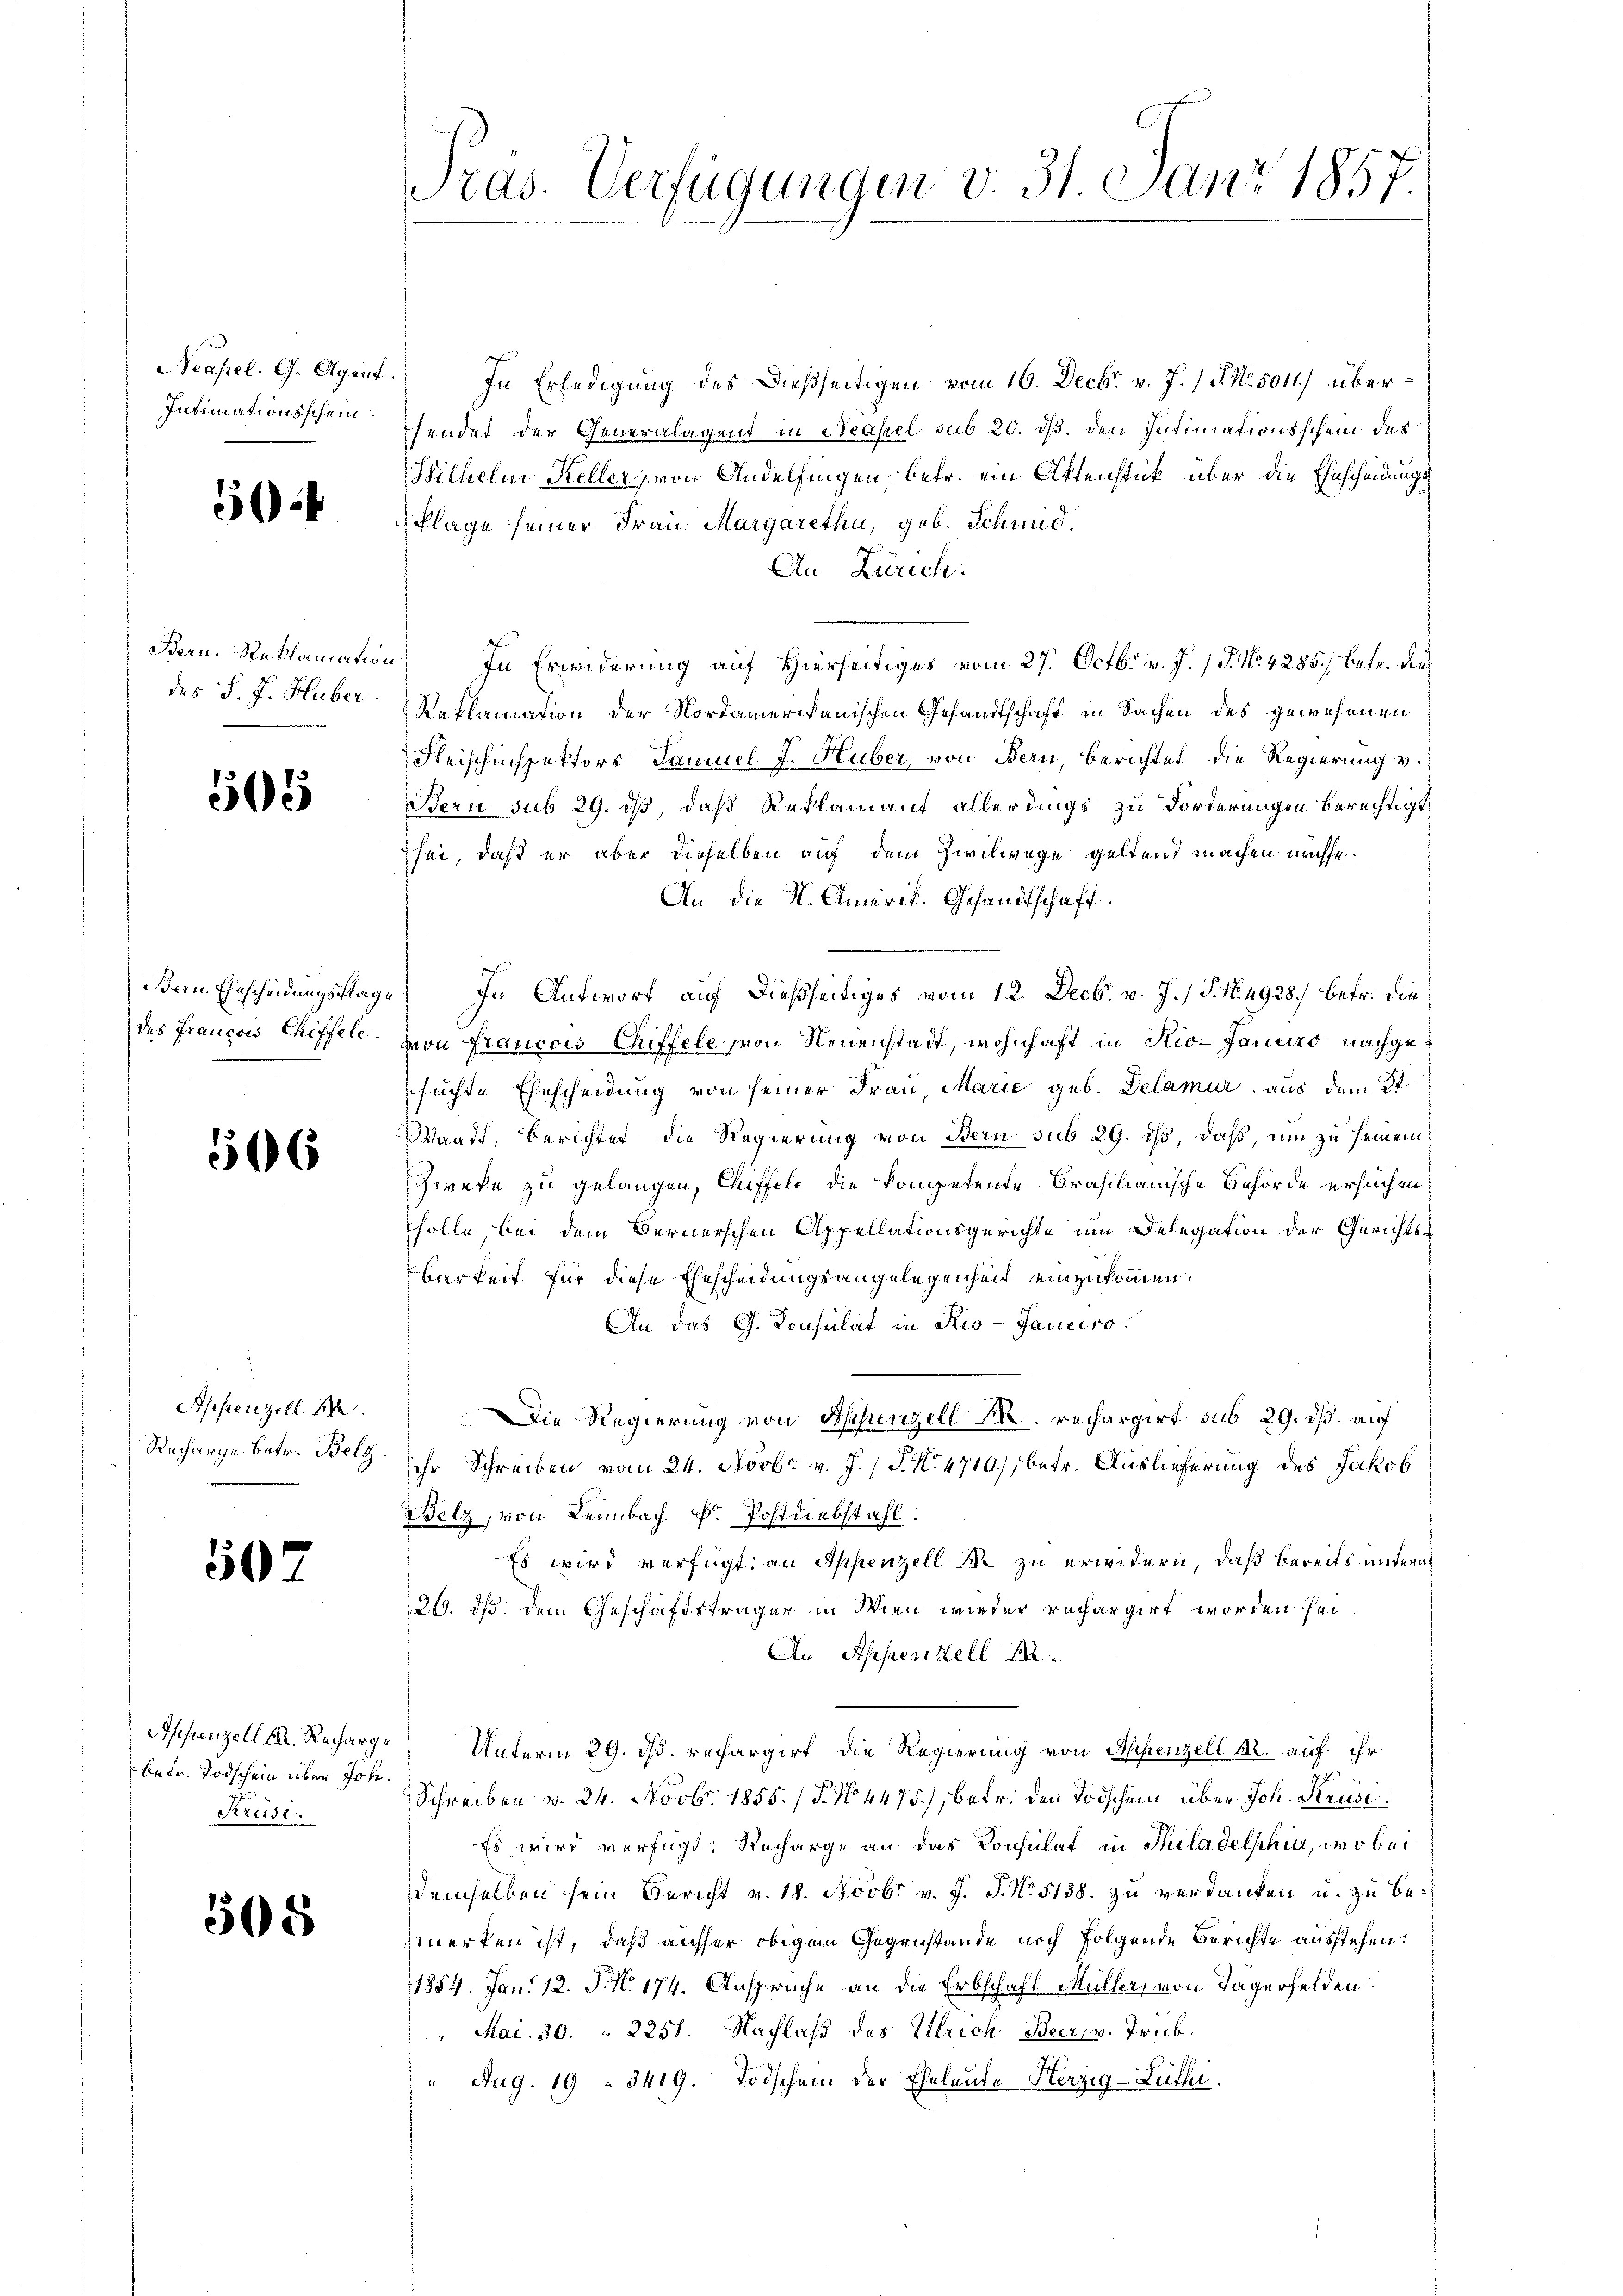
Neapel. G. Agent.
Intimationsschein.
—

5

des S. J. Huber.

505

Bern Ehescheidungsklage
des François Chiffele.

506

Pfistenzell A.
Recharge betr. Belg.

507

Appenzell M. Recharge
betr. Todschein über Joh.
Krüsi.

505

Pras. Verfügungen v. 31. Janr. 1857.

In Erledigung des dießseitigen vom 16. Decbr. v. J. 1 P. Nr. 5011) übersendet der Generalagent in Neapel sub 20. ds. den Intimationsschein des
Wilhelm Keller, von Andelfingen, betr. ein Aktenstück über die Ehescheidungsklage seiner Frau Margaretha, geb. Schmid,
f
An Zürich.
Bern. Reklamation) In Erwiderung auf Hierseitiges vom 27. Octb. v. J. P. Nr. 4285. betr. dies
Reklamation der Nordamerikanischen Gesandtschaft in Sachen des gewesenen
Fleischinspektors Samuel J. Huber, von Bern, Berichtet die Regierung v.
Bern sub 29. ds, daß Reklamant allerdings zu Forderungen berechtigt,
sei, daß er aber dieselben auf dem Zivilwege geltend machen müsse.
An die K. Amerit. Gesandtschaft.
: In Antwort auf dießseitiges vom 12. Decbr. v. J. / P. No. 4928) betr. die
von Francois Chiffele von Neuenstadt, wohnhaft in Rio-Janeiro nachgesuchte Ehescheidung von seiner Frau, Marie geb. Delamur, aus dem St
Waadt, Berichtet die Regierung von Bern sub 29. ist, daß, um zu seinem
Zweke zu gelangen, Chiffele die kompetende Brasilianische Behörde ersuchen,
solle bei dem Bernerschen Appellationsgerichte um Delegation der Gerichts¬
Barkeit für diese Ehescheidungsangelegenheit einzukommen.
An das G. Konsulat in Rio-Janeiro
Die Regierung von Appenzell M. rechargirt sub 29. dß. auf
ihr Schreiben vom 24. Novbr. v. J. P. Nr. 4710), betr. Auslieferung des Jakob
Wetz, von Leimbach u. Postdiebstahl.
Es wird verfügt: an Appenzell M. zu erwidern, daß bereits untern
26. dß. dem Geschäftsträger in Wien wieder rechargirt worden sei.
An Appenzell A.
 Unterm 29. ds. rechargirt die Regierung von Appenzell Kr. auf ihr
Schreiben v. 24. Novbr. 1855. / 5. No. 4475), betr. den Todschein über Joh. Strusi¬
Es wird verfügt: Recharge an das Konsulat in Piladelphia, wobei
Demselben sein Bericht v. 18. Novbr v. J. J. No. 5138. zu verdanken u. zu bemerken ist, daß ausser obigem Gegenstände noch folgende Berichte ausstehen.
1854. Jan. 12. J. N. 174. Ansprüche an die Erbschaft Müller, von Tägerfelden.
" Mai. 30. 2251. Nachlaß des Ulrich Beer, v. Trüb.
" Aug. 19 " 3419. Todschem der Eheleute Herzig-Lüthi